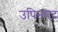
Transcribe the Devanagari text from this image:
उपिनषद